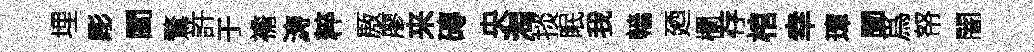
埋彫閻鶩許于襜涛粹厫廖来磚央淘掞眠我轖廼欄存棺幸璋闡爲帑闇